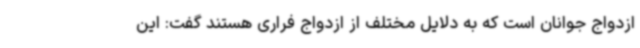
ازدواج جوانان است که به دلایل مختلف از ازدواج فراری هستند گفت: این